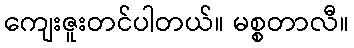
ကျေးဇူးတင်ပါတယ်။ မစ္စတာလီ။